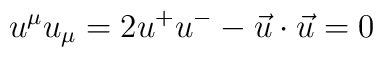
u^{\mu}u_{\mu} = 2 u^{+}u^{-} - \vec{u}\cdot \vec{u} = 0